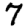
Digit: 7